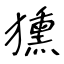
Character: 獯